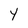
Character: Y